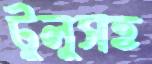
টুলুসহ